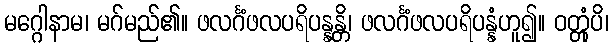
မဂ္ဂေါနာမ၊ မဂ်မည်၏။ ဖလင်္ဂံဖလပရိပန္နန္တိ၊ ဖလင်္ဂံဖလပရိပန္နံဟူ၍။ ဝတ္တုံပိ၊